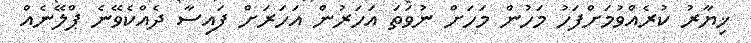
ޚިޔާރު ކުރެއްވުމަށްފަހު މަހުން މަހަށް ނުވަތަ އަހަރުން އަހަރަށް ފައިސާ ދެއްކެވޭނެ ޕްލޭނެއް